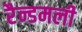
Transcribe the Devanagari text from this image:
रैन्डमली